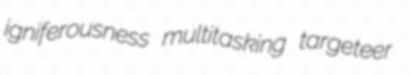
igniferousness multitasking targeteer